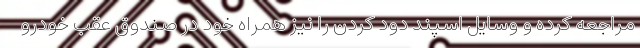
مراجعه کرده و وسایل اسپند دود کردن را نیز همراه خود در صندوق عقب خودرو